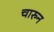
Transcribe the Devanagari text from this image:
चारुन